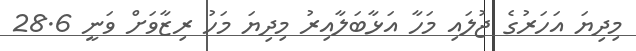
މިދިޔަ އަހަރުގެ ޖުލައި މަހާ އަޅާބަލާއިރު މިދިޔަ މަހު ރިޒާވަށް ވަނީ 28.6